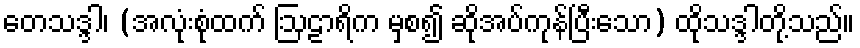
တေသဒ္ဒါ၊ (အလုံးစုံထက် ဩဠာရိက မှစ၍ ဆိုအပ်ကုန်ပြီးသော) ထိုသဒ္ဒါတို့သည်။